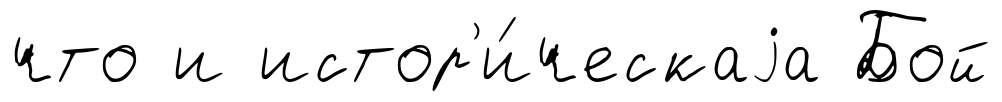
что и истор'и́ческаjа Бой